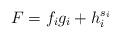
LaTeX: \begin{align*}F=f_ig_i+h_i^{s_i} \end{align*}